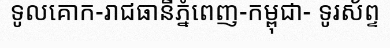
ទូលគោក-រាជធានីភ្នំពេញ-កម្ពុជា- ទូរស័ព្ទ